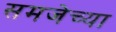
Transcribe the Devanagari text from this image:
समजेच्या